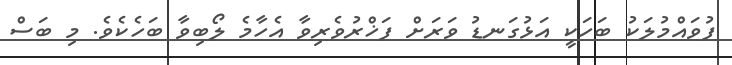
ފުވައްމުލަކު ބަހަކީ އަޅުގަނޑު ވަރަށް ފަޚްރުވެރިވާ އެހާމެ ލޯބިވާ ބަހެކެވެ. މި ބަސް